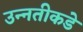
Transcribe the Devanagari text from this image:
उन्‍नतीकडे